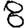
Digit: 8